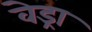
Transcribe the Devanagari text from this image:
वेड्रा